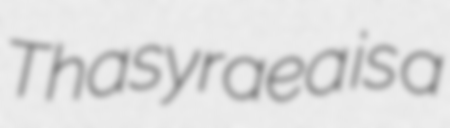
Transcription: Thasyraea is a